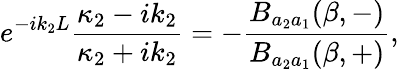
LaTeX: e^{-ik_{2}L}\frac{\kappa_{2}-ik_{2}}{\kappa_{2}+ik_{2}}=-\frac{B_{a_{2}a_{1}}(\beta,-)}{B_{a_{2}a_{1}}(\beta,+)},